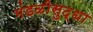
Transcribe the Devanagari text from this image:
मंडळीसुद्धा